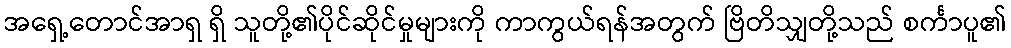
အရှေ့တောင်အာရှ ရှိ သူတို့၏ပိုင်ဆိုင်မှုများကို ကာကွယ်ရန်အတွက် ဗြိတိသျှတို့သည် စင်္ကာပူ၏